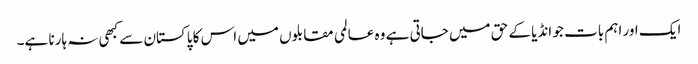
ایک اور اہم بات جو انڈیا کے حق میں جاتی ہے وہ عالمی مقابلوں میں اس کا پاکستان سے کبھی نہ ہارنا ہے۔